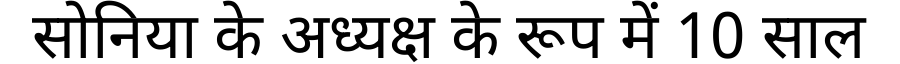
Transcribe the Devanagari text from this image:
सोनिया के अध्यक्ष के रूप में 10 साल